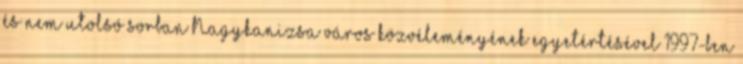
és nem utolsó sorban Nagykanizsa város közvéleményének egyetértésével 1997-ben